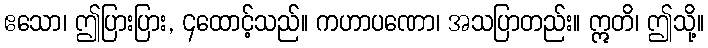
ဧသော၊ ဤပြားပြား, ၄ထောင့်သည်။ ကဟာပဏော၊ အသပြာတည်း။ ဣတိ၊ ဤသို့။